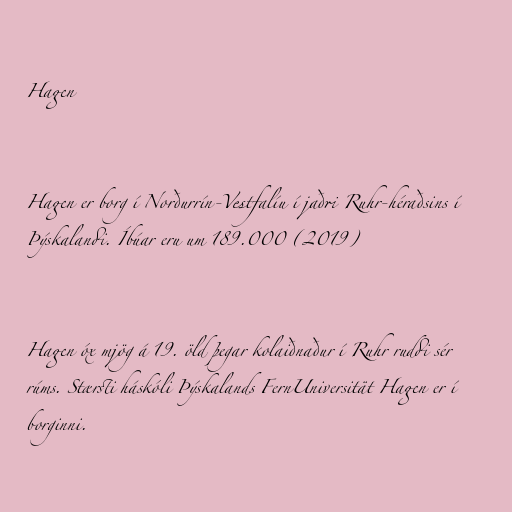
Hagen

Hagen er borg í Norðurrín-Vestfalíu í jaðri Ruhr-héraðsins í
Þýskalandi. Íbúar eru um 189.000 (2019)

Hagen óx mjög á 19. öld þegar kolaiðnaður í Ruhr ruddi sér
rúms. Stærsti háskóli Þýskalands FernUniversität Hagen er í
borginni.